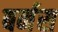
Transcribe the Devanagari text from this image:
बर्नस